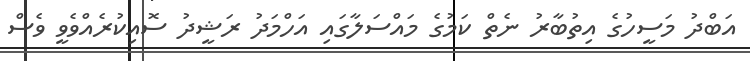
އަބްދު މަސީހުގެ އިތުބާރު ނެތް ކަމުގެ މައްސަލާގައި އަހްމަދު ރަޝީދު ސޮއިކުރެއްވެވީ ވެސް